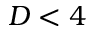
D < 4